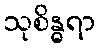
သုစိန္ဓရာ